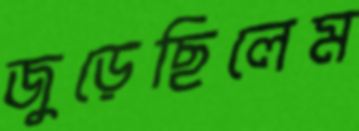
জুড়েছিলেম